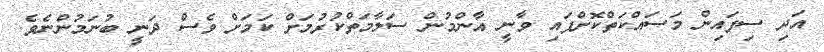
އަދި ސިފައިން މަސައްކަތްކޮށްފައި ވާނީ އާންމުން ސަލާމަތްކުރުމަށް ކަމަށް ވެސް ދަނީ ބުނަމުންނެވެ.